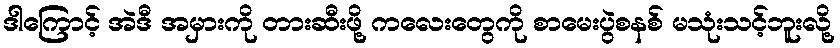
ဒါကြောင့် အဲဒီ အမှားကို တားဆီးဖို့ ကလေးတွေကို စာမေးပွဲစနစ် မသုံးသင့်ဘူးလို့